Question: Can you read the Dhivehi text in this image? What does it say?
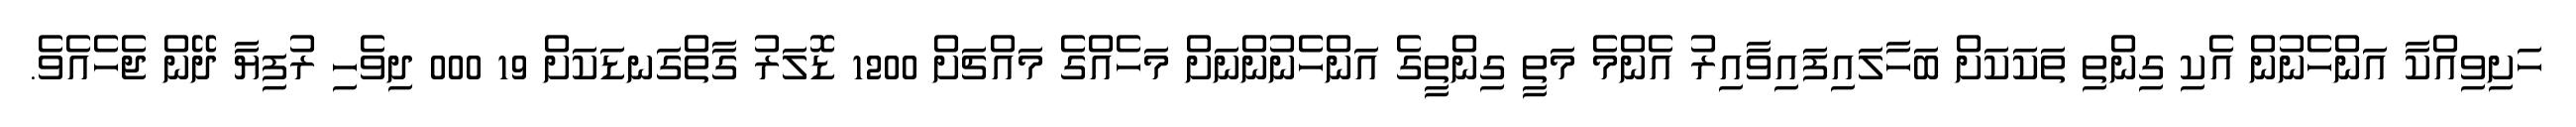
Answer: ހަށިވިއްކާ އަންހެނުން އެކި ގިންތި ތަކަކަށް ބަހާލައިފައިވާއިރު އެންމެ މަތީ ގިންތީގެ އަންހެނުންނަށް މަހެއްގެ މައްޗަށް 1200 ޑޮލަރު ގާތްގަނޑަކަށް 19 000 ދިވެހި ރުފިޔާ ދޭން ޖެހެއެވެ.